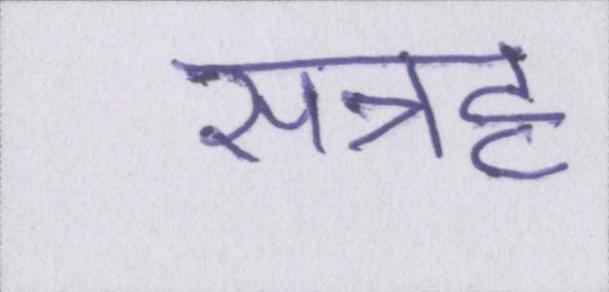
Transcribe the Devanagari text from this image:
सत्रह